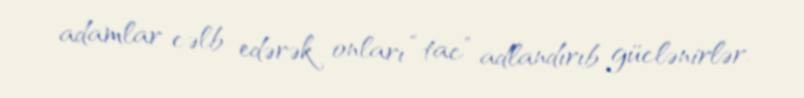
adamlar cəlb edərək onları “tac” adlandırıb güclənirlər.